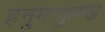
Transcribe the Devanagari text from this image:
हनुमत्कुण्ड